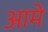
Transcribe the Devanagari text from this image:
आमे